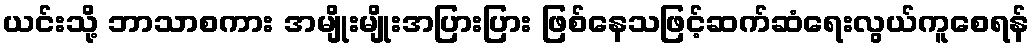
ယင်းသို့ ဘာသာစကား အမျိုးမျိုးအပြားပြား ဖြစ်နေသဖြင့်ဆက်ဆံရေးလွယ်ကူစေရန်